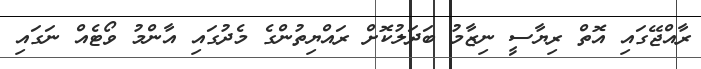
ރާއްޖޭގައި އޮތް ރިޔާސީ ނިޒާމު ބަދަލުކޮށް ރައްޔިތުންގެ މެދުގައި އާންމު ވޯޓެއް ނަގައި